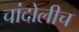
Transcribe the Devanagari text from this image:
चांदोलीच